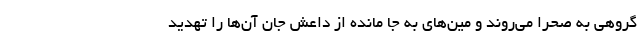
گروهی به صحرا می‌روند و مین‌های به جا مانده از داعش جان آن‌ها را تهدید